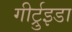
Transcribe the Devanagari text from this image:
गीर्ट्रुइडा